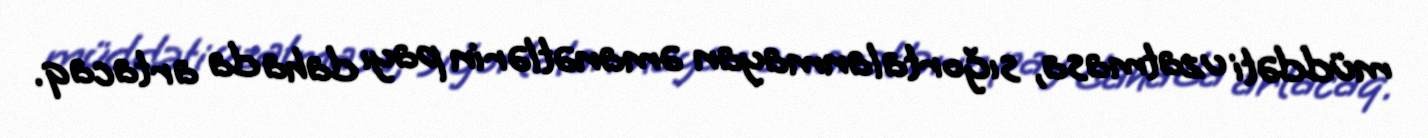
müddəti uzatmasa, sığortalanmayan əmanətlərin payı daha da artacaq.